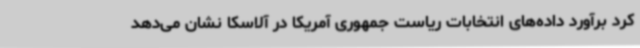
کرد برآورد داده‌های انتخابات ریاست جمهوری آمریکا در آلاسکا نشان می‌دهد